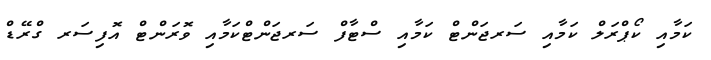
ކަމާއި ކޯޕްރަލް ކަމާއި ސަރޖަންޓް ކަމާއި ސްޓާފް ސަރޖަންޓްކަމާއި ވޮރަންޓް އޮފިސަރ ގްރޭޑް